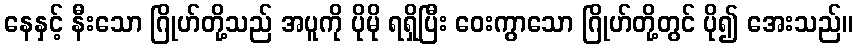
နေနှင့် နီးသော ဂြိုဟ်တို့သည် အပူကို ပိုမို ရရှိပြီး ဝေးကွာသော ဂြိုဟ်တို့တွင် ပို၍ အေးသည်။